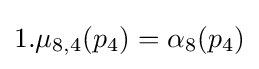
1.\mu _{8,4}(p_{4})=\alpha _{8}(p_{4})